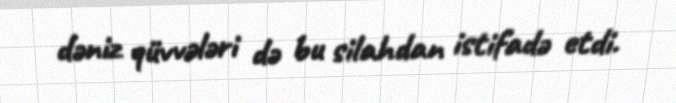
dəniz qüvvələri də bu silahdan istifadə etdi.